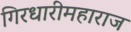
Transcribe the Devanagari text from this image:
गिरधारीमहाराज